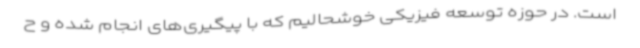
است. در حوزه توسعه فیزیکی خوشحالیم که با پیگیری‌های انجام شده و ح